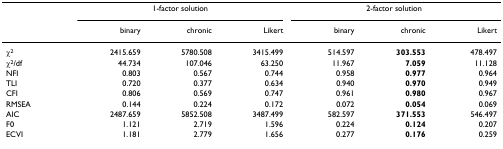
|  | <COLSPAN=3> 1-factor solution | <COLSPAN=3> 2-factor solution |
 |  | binary | chronic | Likert | binary | chronic | Likert |
 | --- | --- | --- | --- | --- | --- | --- |
 | χ2 | 2415.659 | 5780.508 | 3415.499 | 514.597 | 303.553 | 478.497 |
 | χ2/df | 44.734 | 107.046 | 63.250 | 11.967 | 7.059 | 11.128 |
 | NFI | 0.803 | 0.567 | 0.744 | 0.958 | 0.977 | 0.964 |
 | TLI | 0.720 | 0.377 | 0.634 | 0.940 | 0.970 | 0.949 |
 | CFI | 0.806 | 0.569 | 0.747 | 0.961 | 0.980 | 0.967 |
 | RMSEA | 0.144 | 0.224 | 0.172 | 0.072 | 0.054 | 0.069 |
 | AIC | 2487.659 | 5852.508 | 3487.499 | 582.597 | 371.553 | 546.497 |
 | F0 | 1.121 | 2.719 | 1.596 | 0.224 | 0.124 | 0.207 |
 | ECVI | 1.181 | 2.779 | 1.656 | 0.277 | 0.176 | 0.259 |